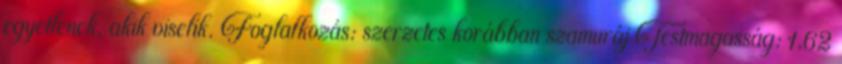
egyetlenek, akik viselik. Foglalkozás: szerzetes korábban szamuráj Testmagasság: 1,62